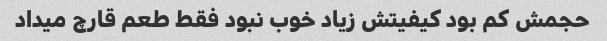
حجمش کم بود کیفیتش زیاد خوب نبود فقط طعم قارچ میداد